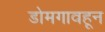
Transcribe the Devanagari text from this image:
डोमगावहून